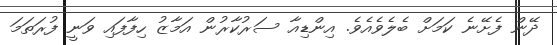
ދޭން ފެށޭނެ ކަމަށް ބެލެވެއެވެ. އިންޑިއާ ސަރުކާރުން އަމާޒު ހިފާފައި ވަނީ ފުރަތަމަ